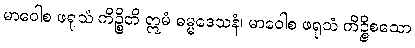
မာဝေါစ ဖရုသံ ကိဉ္စိတိ ဣမံ ဓမ္မဒေသနံ၊ မာဝေါစ ဖရုသံ ကိဉ္စိစသော